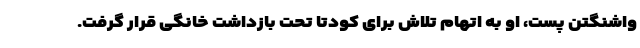
واشنگتن پست، او به اتهام تلاش برای کودتا تحت بازداشت خانگی قرار گرفت.